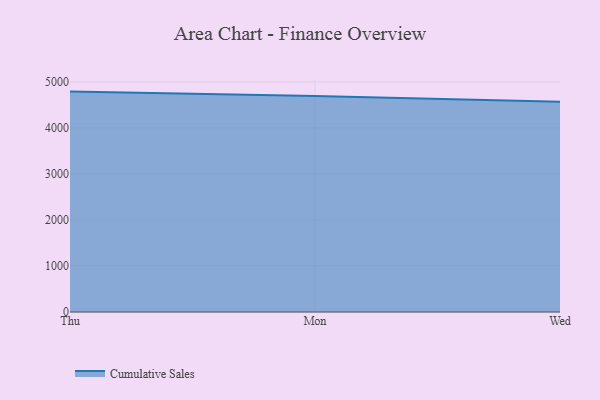
{"axis": {"x": "Day", "y": "Energy Usage (MWh)"}, "legend": ["Cumulative Sales"], "data": [{"x": "Thu", "y": 4788.9, "type": "Cumulative Sales"}, {"x": "Mon", "y": 4693.7, "type": "Cumulative Sales"}, {"x": "Wed", "y": 4570.2, "type": "Cumulative Sales"}]}